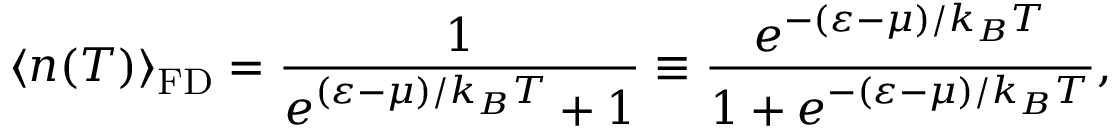
\langle n ( T ) \rangle _ { \mathrm { { F D } } } = \frac { 1 } { e ^ { ( \varepsilon - \mu ) / k _ { B } T } + 1 } \equiv \frac { e ^ { - ( \varepsilon - \mu ) / k _ { B } T } } { 1 + e ^ { - ( \varepsilon - \mu ) / k _ { B } T } } ,